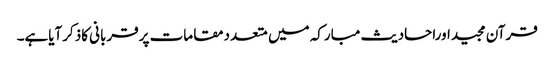
قرآن مجیداوراحادیث مبارکہ میں متعددمقامات پرقربانی کاذکرآیاہے۔